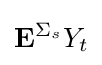
\mathbf {E} ^{\Sigma _{s}}Y_{t}